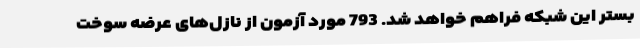
بستر این شبکه فراهم خواهد شد. 793 مورد آزمون از نازل‌های عرضه سوخت